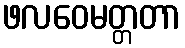
ဖလဝေမတ္တတာ